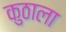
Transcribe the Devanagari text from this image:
कुठाला